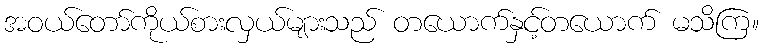
အဝယ်တော်ကိုယ်စားလှယ်များသည် တယောက်နှင့်တယောက် မသိကြ။